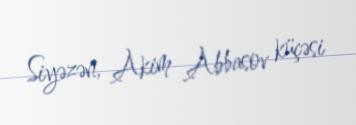
Siyəzən, Akim Abbasov küçəsi